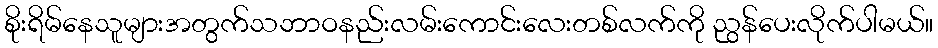
စိုးရိမ်နေသူများအတွက်သဘာဝနည်းလမ်းကောင်းလေးတစ်လက်ကို ညွန်ပေးလိုက်ပါမယ်။